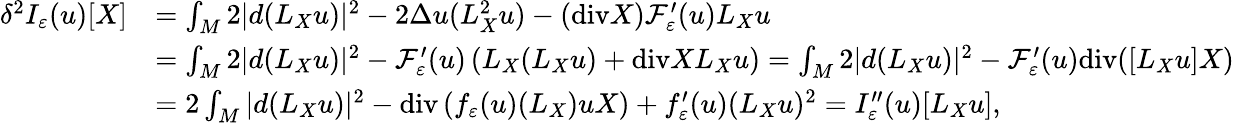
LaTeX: \begin{array}{rl}{\delta^{2}I_{\varepsilon}(u)[X]}&{=\int_{M}2|d(L_{X}u)|^{2}-2\Delta u(L_{X}^{2}u)-(\mathrm{div}X)\mathcal{F}_{\varepsilon}^{\prime}(u)L_{X}u}\\ &{=\int_{M}2|d(L_{X}u)|^{2}-\mathcal{F}_{\varepsilon}^{\prime}(u)\left(L_{X}(L_{X}u)+\mathrm{div}XL_{X}u\right)=\int_{M}2|d(L_{X}u)|^{2}-\mathcal{F}_{\varepsilon}^{\prime}(u)\mathrm{div}([L_{X}u]X)}\\ &{=2\int_{M}|d(L_{X}u)|^{2}-\mathrm{div}\left(f_{\varepsilon}(u)(L_{X})uX\right)+f_{\varepsilon}^{\prime}(u)(L_{X}u)^{2}=I_{\varepsilon}^{\prime\prime}(u)[L_{X}u],}\end{array}